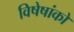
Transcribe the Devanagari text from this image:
विषेषांकों